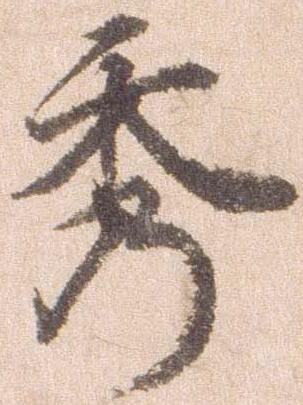
秀